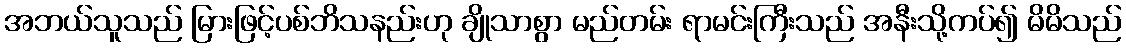
အဘယ်သူသည် မြားဖြင့်ပစ်ဘိသနည်းဟု ချိုသာစွာ မည်တမ်း ရာမင်းကြီးသည် အနီးသို့ကပ်၍ မိမိသည်